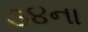
૩૪ના